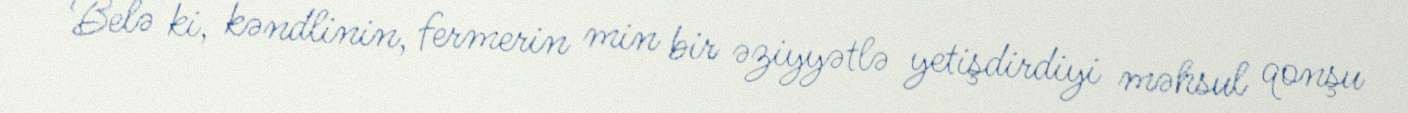
Belə ki, kəndlinin, fermerin min bir əziyyətlə yetişdirdiyi məhsul qonşu